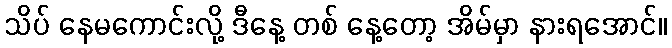
သိပ် နေမကောင်းလို့ ဒီနေ့ တစ် နေ့တော့ အိမ်မှာ နားရအောင်။